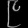
Digit: ၉